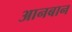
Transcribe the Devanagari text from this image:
आनबान